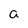
Character: a